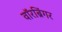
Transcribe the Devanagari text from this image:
वॉरब्रिंगर